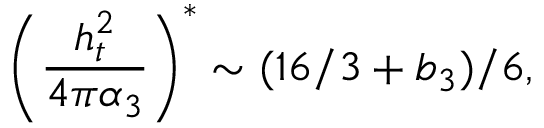
\left( \frac { h _ { t } ^ { 2 } } { 4 \pi \alpha _ { 3 } } \right) ^ { * } \sim ( 1 6 / 3 + b _ { 3 } ) / 6 ,